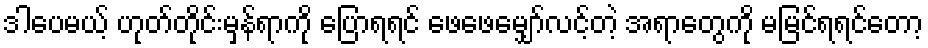
ဒါပေမယ့် ဟုတ်တိုင်းမှန်ရာကို ပြောရရင် ဖေဖေမျှော်လင့်တဲ့ အရာတွေကို မမြင်ရရင်တော့